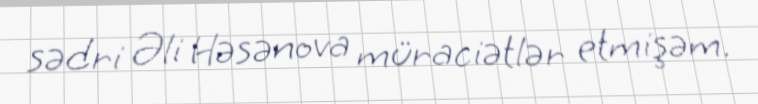
sədri Əli Həsənova müraciətlər etmişəm.